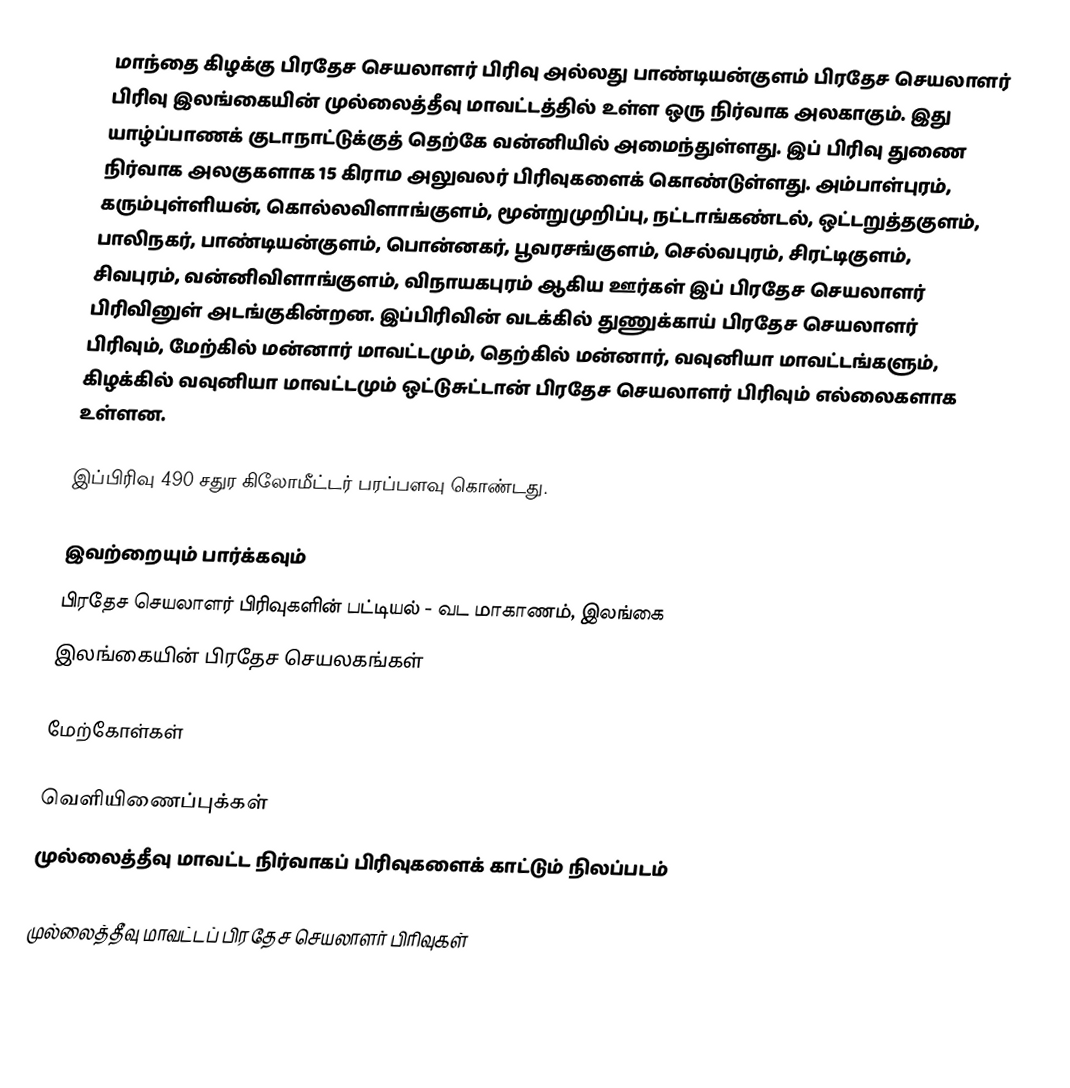
மாந்தை கிழக்கு பிரதேச செயலாளர் பிரிவு அல்லது பாண்டியன்குளம் பிரதேச செயலாளர் பிரிவு இலங்கையின் முல்லைத்தீவு மாவட்டத்தில் உள்ள ஒரு நிர்வாக அலகாகும். இது யாழ்ப்பாணக் குடாநாட்டுக்குத் தெற்கே வன்னியில் அமைந்துள்ளது. இப் பிரிவு துணை நிர்வாக அலகுகளாக 15 கிராம அலுவலர் பிரிவுகளைக் கொண்டுள்ளது. அம்பாள்புரம், கரும்புள்ளியன், கொல்லவிளாங்குளம், மூன்றுமுறிப்பு, நட்டாங்கண்டல், ஒட்டறுத்தகுளம், பாலிநகர், பாண்டியன்குளம், பொன்னகர், பூவரசங்குளம், செல்வபுரம், சிரட்டிகுளம், சிவபுரம், வன்னிவிளாங்குளம், விநாயகபுரம் ஆகிய ஊர்கள் இப் பிரதேச செயலாளர் பிரிவினுள் அடங்குகின்றன. இப்பிரிவின் வடக்கில் துணுக்காய் பிரதேச செயலாளர் பிரிவும், மேற்கில் மன்னார் மாவட்டமும், தெற்கில் மன்னார், வவுனியா மாவட்டங்களும், கிழக்கில் வவுனியா மாவட்டமும்  ஒட்டுசுட்டான் பிரதேச செயலாளர் பிரிவும் எல்லைகளாக உள்ளன.

இப்பிரிவு 490 சதுர கிலோமீட்டர் பரப்பளவு கொண்டது.

இவற்றையும் பார்க்கவும்
 பிரதேச செயலாளர் பிரிவுகளின் பட்டியல் - வட மாகாணம், இலங்கை
 இலங்கையின் பிரதேச செயலகங்கள்

மேற்கோள்கள்

வெளியிணைப்புக்கள்
 முல்லைத்தீவு மாவட்ட நிர்வாகப் பிரிவுகளைக் காட்டும் நிலப்படம்

முல்லைத்தீவு மாவட்டப் பிரதேச செயலாளர் பிரிவுகள்